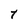
Character: t